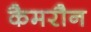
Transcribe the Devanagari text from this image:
कैमरौन